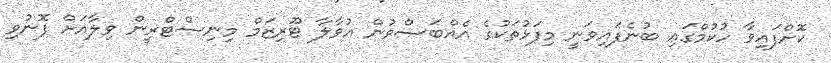
ކޮށްފައިވާ ހުކުމްގައި ބުނެފައިވަނީ މިފަޅުތަކުގެ އެއްބަސްވުން އުވާލާ ޓޫރިޒަމް މިނިސްޓްރީން ވިލާއަށް ފޮނުވި